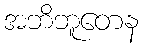
အဘိဘူတေန